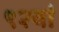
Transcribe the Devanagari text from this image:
९२वां